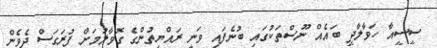
ސީސީއާ ހަވާލާދީ ބައެއް ނޫސްތަކުގައި ބުނެފައި ވަނީ ރައްޔިތުންގެ ގޮވާލުމަށް ފުރަގަސް ދެވެން